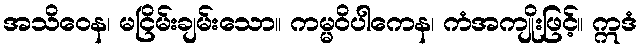
အသိဝေန၊ မငြိမ်းချမ်းသော။ ကမ္မဝိပါကေန၊ ကံအကျိုးဖြင့်။ ဣဒံ